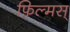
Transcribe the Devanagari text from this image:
फ़िल्मस्